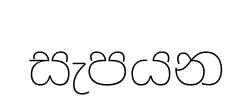
සැපයන